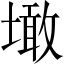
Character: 𡑒